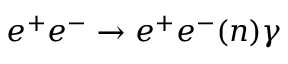
e ^ { + } e ^ { - } \to e ^ { + } e ^ { - } { ( n ) \gamma }